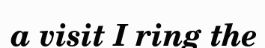
a visit I ring the